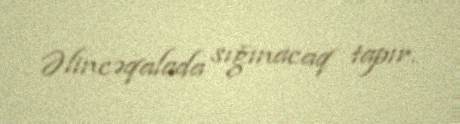
Əlincəqalada sığınacaq tapır.